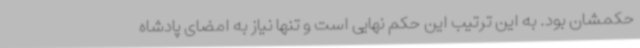
حکمشان بود. به این ترتیب این حکم نهایی است و تنها نیاز به امضای پادشاه